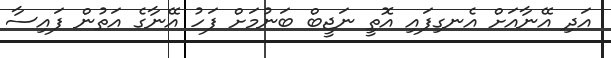
އަދި އޭނާއަށް އެނގިފައި އޮތީ ނަޖީބް ބަނުމަށް ފަހު އޭނާގެ އަތުން ފައިސާ